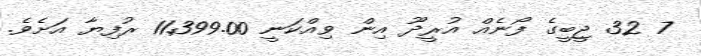
7 32 ޖީބީގެ ފޯނެއް އުރީދޫ އިން ވިއްކަނީ 11